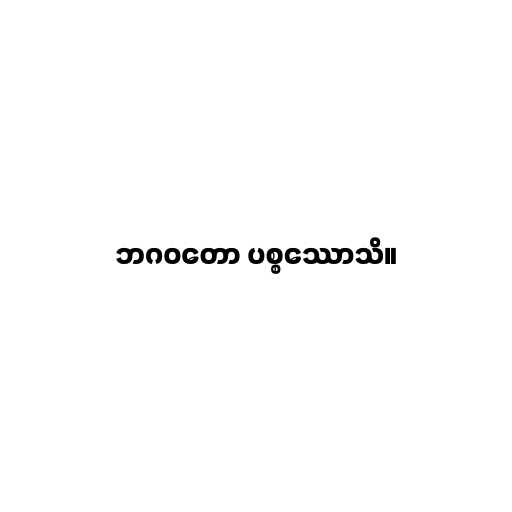
ဘဂဝတော ပစ္စဿောသိ။